Sanitation, dispensaries and jails vaccination Rajputana 1922-1927 - 1922-1927
Year: 1922
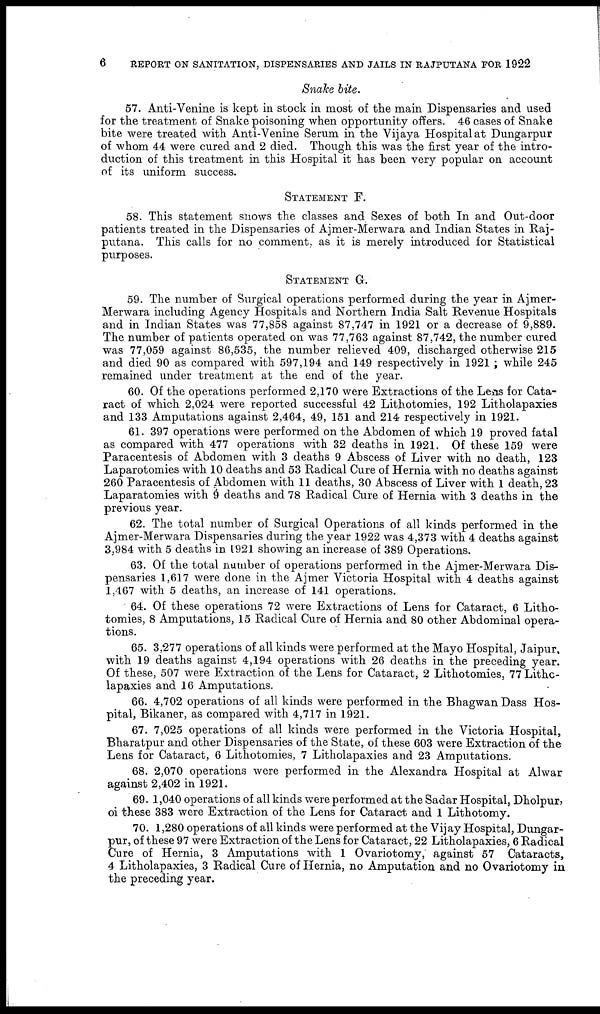
6
REPORT ON SANITATION, DISPENSARIES AND JAILS IN RAJPUTANA FOR 1922
Snake bite.
57. Anti-Venine is kept in stock in most of the main Dispensaries and used
for the treatment of Snake poisoning when opportunity offers. 46 cases of Snake
bite were treated with Anti-Venine Serum in the Vijaya Hospital at Dungarpur
of whom 44 were cured and 2 died. Though this was the first year of the intro-
duction of this treatment in this Hospital it has been very popular on account
of its uniform success.
STATEMENT F.
58. This statement snows the classes and Sexes of both In and Out-door
patients treated in the Dispensaries of Ajmer-Merwara and Indian States in Raj¬
putana. This calls for no comment., as it is merely introduced for Statistical
purposes.
STATEMENT G.
59. The number of Surgical operations performed during the year in Ajmer-
Merwara including Agency Hospitals and Northern India Salt Revenue Hospitals
and in Indian States was 77,858 against 87,747 in 1921 or a decrease of 9,889.
The number of patients operated on was 77,763 against 87,742, the number cured
was 77,059 against 86,535, the number relieved 409, discharged otherwise 215
and died 90 as compared with 597,194 and 149 respectively in 1921 ; while 245
remained under treatment at the end of the year.
60. Of the operations performed 2,170 were Extractions of the Lens for Cata-
ract of which 2,024 were reported successful 42 Lithotomies, 192 Litholapaxies
and 133 Amputations against 2,464, 49, 151 and 214 respectively in 1921.
61. 397 operations were performed on the Abdomen of which 19 proved fatal
as compared with 477 operations with 32 deaths in 1921. Of these 159 were
Paracentesis of Abdomen with 3 deaths 9 Abscess of Liver with no death, 123
Laparotomies with 10 deaths and 53 Radical Cure of Hernia with no deaths against
260 Paracentesis of Abdomen with 11 deaths, 30 Abscess of Liver with 1 death, 23
Laparatomies with 9 deaths and 78 Radical Cure of Hernia with 3 deaths in the
previous year.
62. The total number of Surgical Operations of all kinds performed in the
Ajmer-Merwara Dispensaries during the year 1922 was 4,373 with 4 deaths against
3,984 with 5 deaths in 1921 showing an increase of 389 Operations.
63. Of the total number of operations performed in the Ajmer-Merwara Dis-
pensaries 1,617 were done in the Ajmer Victoria Hospital with 4 deaths against
1,467 with 5 deaths, an increase of 141 operations.
64. Of these operations 72 were Extractions of Lens for Cataract, 6 Litho-
tomies, 8 Amputations, 15 Radical Cure of Hernia and 80 other Abdominal opera-
tions.
65. 3,277 operations of all kinds were performed at the Mayo Hospital, Jaipur,
with 19 deaths against 4,194 operations with 26 deaths in the preceding year.
Of these, 507 were Extraction of the Lens for Cataract, 2 Lithotomies, 77 Lithc-
lapaxies and 16 Amputations.
66. 4,702 operations of all kinds were performed in the Bhagwan Dass Hos-
pital, Bikaner, as compared with 4,717 in 1921.
67. 7,025 operations of all kinds were performed in the Victoria Hospital,
Bharatpur and other Dispensaries of the State, of these 603 were Extraction of the
Lens for Cataract, 6 Lithotomies, 7 Litholapaxies and 23 Amputations.
68. 2,070 operations were performed in the Alexandra Hospital at Alwar
against 2,402 in 1921.
69. 1,040 operations of all kinds were performed at the Sadar Hospital, Dholpur,
of these 383 were Extraction of the Lens for Cataract and 1 Lithotomy.
70. 1,280 operations of all kinds were performed at the Vijay Hospital, Dungar-
pur, of these 97 were Extraction of the Lens for Cataract, 22 Litholapaxies, 6 Radical
Cure of Hernia, 3 Amputations with 1 Ovariotomy, against 57 Cataracts,
4 Litholapaxies, 3 Radical Cure of Hernia, no Amputation and no Ovariotomy in
the preceding year.